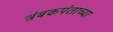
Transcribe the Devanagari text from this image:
त्रंबकपंताच्या